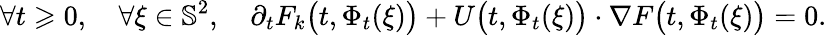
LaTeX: \forall t\geqslant 0,\quad\forall\xi\in\mathbb{S}^{2},\quad\partial_{t}F_{k}\big(t,\Phi_{t}(\xi)\big)+U\big(t,\Phi_{t}(\xi)\big)\cdot\nabla F\big(t,\Phi_{t}(\xi)\big)=0.